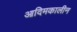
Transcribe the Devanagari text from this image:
आदिमकालीन